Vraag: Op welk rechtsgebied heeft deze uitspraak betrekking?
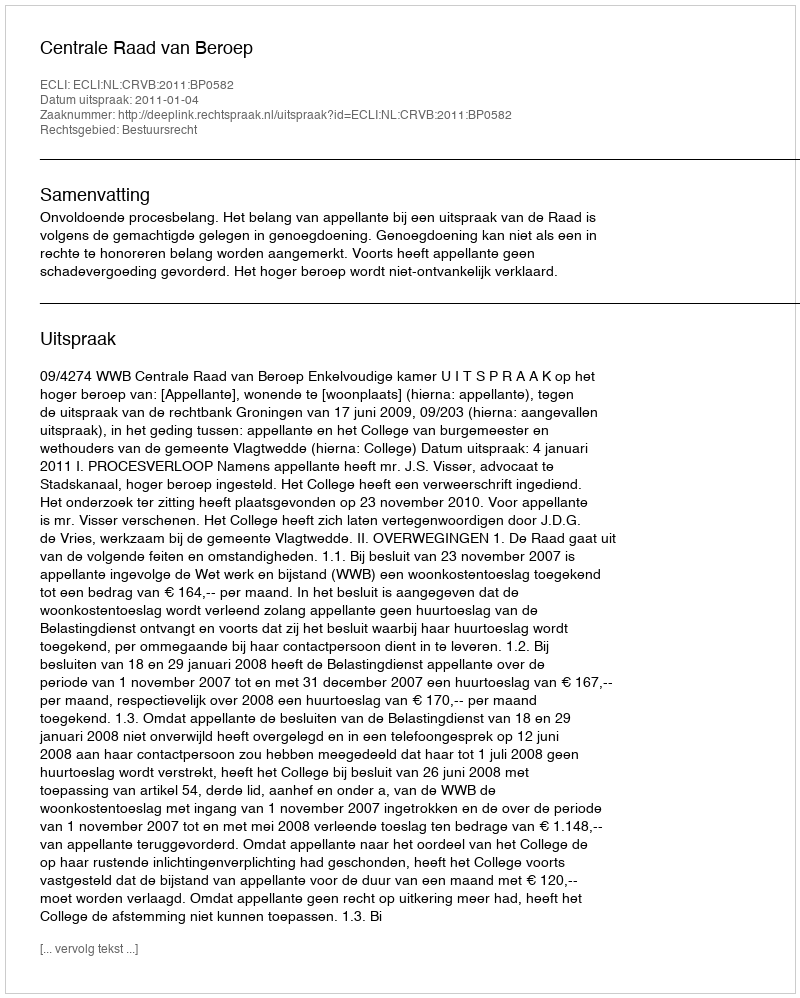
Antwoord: Bestuursrecht